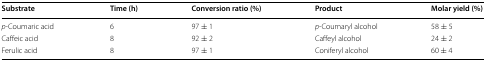
<table><thead><tr><td><b>Substrate</b></td><td><b>Time (h)</b></td><td><b>Conversion ratio (%)</b></td><td><b>Product</b></td><td><b>Molar yield (%)</b></td></tr></thead><tbody><tr><td><i>p</i>-Coumaric acid</td><td>6</td><td>97 ± 1</td><td><i>p</i>-Coumaryl alcohol</td><td>58 ± 5</td></tr><tr><td>Caffeic acid</td><td>8</td><td>92 ± 2</td><td>Caffeyl alcohol</td><td>24 ± 2</td></tr><tr><td>Ferulic acid</td><td>8</td><td>97 ± 1</td><td>Coniferyl alcohol</td><td>60 ± 4</td></tr></tbody></table>